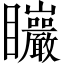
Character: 𥍛